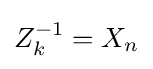
Z_{k}^{-1}=X_{n}